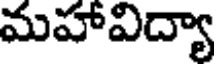
మహావిద్యా